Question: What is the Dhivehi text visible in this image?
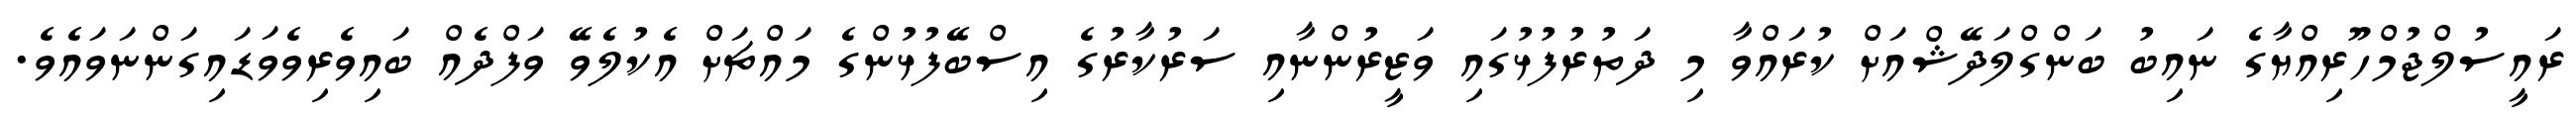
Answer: ރައީސުލްޖުމްހޫރިއްޔާގެ ނައިބު ބަންގްލަދޭޝްއަށް ކުރައްވާ މި ދަތުރުފުޅުގައި ވަޒީރުންނާއި ސަރުކާރުގެ އިސްބޭފުޅުންގެ މައްޗަށް އެކުލެވޭ ވަފްދެއް ބައިވެރިވެވަޑައިގަންނަވައެވެ.